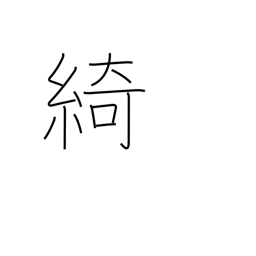
Meaning: beautiful